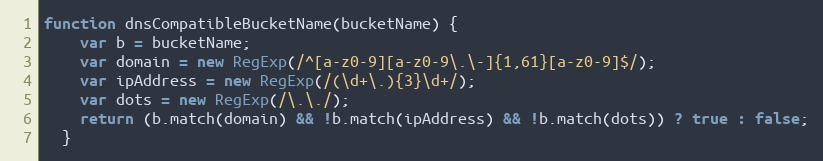
Language: JavaScript
function dnsCompatibleBucketName(bucketName) {
    var b = bucketName;
    var domain = new RegExp(/^[a-z0-9][a-z0-9\.\-]{1,61}[a-z0-9]$/);
    var ipAddress = new RegExp(/(\d+\.){3}\d+/);
    var dots = new RegExp(/\.\./);
    return (b.match(domain) && !b.match(ipAddress) && !b.match(dots)) ? true : false;
  }